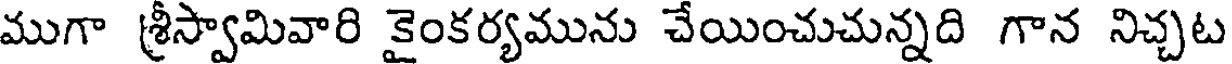
ముగా శ్రీస్వామివారి కైంకర్యమును చేయించుచున్నది గాన నిచ్చట